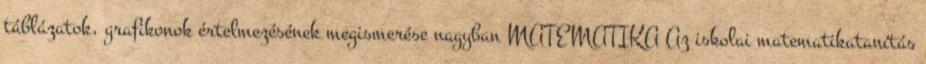
táblázatok, grafikonok értelmezésének megismerése nagyban MATEMATIKA Az iskolai matematikatanítás